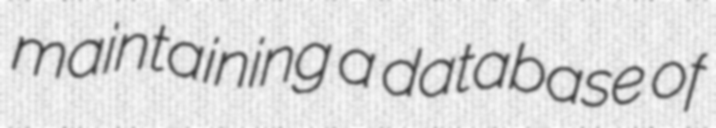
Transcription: maintaining a database of